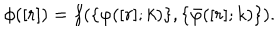
\phi ( [ r ] ) = f ( \{ \varphi ( [ r ] ; k ) \} , \{ \bar { \varphi } ( [ r ] ; k ) \} ) .